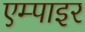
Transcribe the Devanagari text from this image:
एम्पाइर